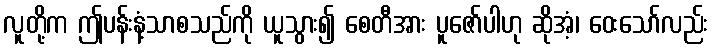
လူတို့က ဤပန်းနံ့သာစသည်ကို ယူသွား၍ စေတီအား ပူဇော်ပါဟု ဆိုအံ့၊ ဝေးသော်လည်း